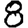
Digit: 8